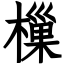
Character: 樔